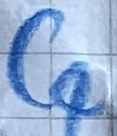
Text: C4